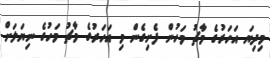
މިދިޔަ އަހަރުގެ މާޗު މަހުން ފެށިގެން މި އަހަރުގެ މާޗު މަހުގެ ނިޔަލަށް